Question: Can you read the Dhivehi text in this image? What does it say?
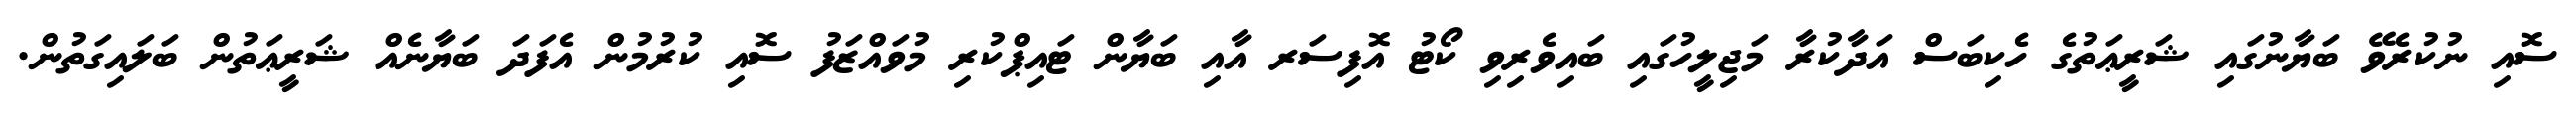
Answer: ސޮއި ނުކުރެވޭ ބަޔާނުގައި ޝަރީޢަތުގެ ހެކިބަސް އަދާކުރާ މަޖިލީހުގައި ބައިވެރިވި ކޯޓު އޮފިސަރ އާއި ބަޔާން ޓައިޕްކުރި މުވައްޒަފު ސޮއި ކުރުމުން އެފަދަ ބަޔާނެއް ޝަރީޢަތުން ބަލައިގަތުން.